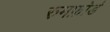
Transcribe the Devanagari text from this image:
रुमफ़ोर्ड